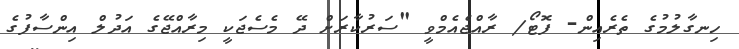
ހިނގާލުމުގެ ތެރެއިން- ފޮޓޯ/ ރާއްޖެއެމްވީ "ސަރުކާރަށް ދޭ މެސެޖަކީ މިރާއްޖޭގެ އަދުލް އިންސާފުގެ